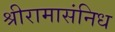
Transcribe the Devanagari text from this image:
श्रीरामासंनिध